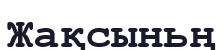
Жақсыньң